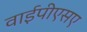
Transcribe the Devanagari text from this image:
वाईपीएसए